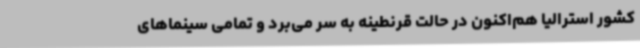
کشور استرالیا هم‌اکنون در حالت قرنطینه به سر می‌برد و تمامی سینماهای